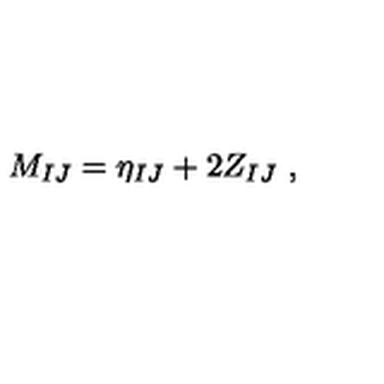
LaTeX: M _ { I J } = \eta _ { I J } + 2 Z _ { I J } \ ,